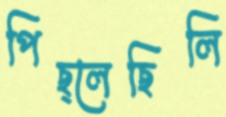
পিছ্‌লেছিলি